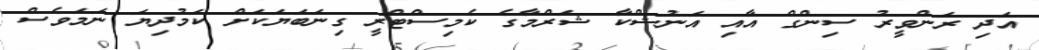
އަދި ރަންވީރު ސިންގް އާއި އަނުޝްކާ ޝަރްމާގެ ކެމިސްޓްރީ ގިނަބަޔަކަށް ކަމުދިޔަ ނަމަވެސް